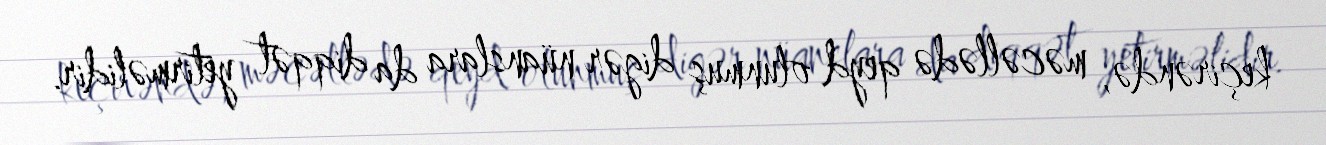
keçirəndə, məcəllədə qeyd olunmuş digər nüanslara da diqqət yetirməlidir.